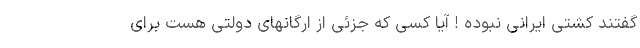
گفتند کشتی ایرانی نبوده ! آیا کسی که جزئی از ارگانهای دولتی هست برای